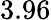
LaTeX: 3.96